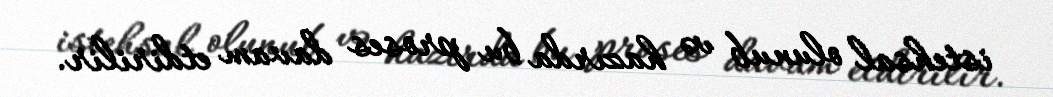
istehsal olunub və hazırda bu proses davam etdirilir.